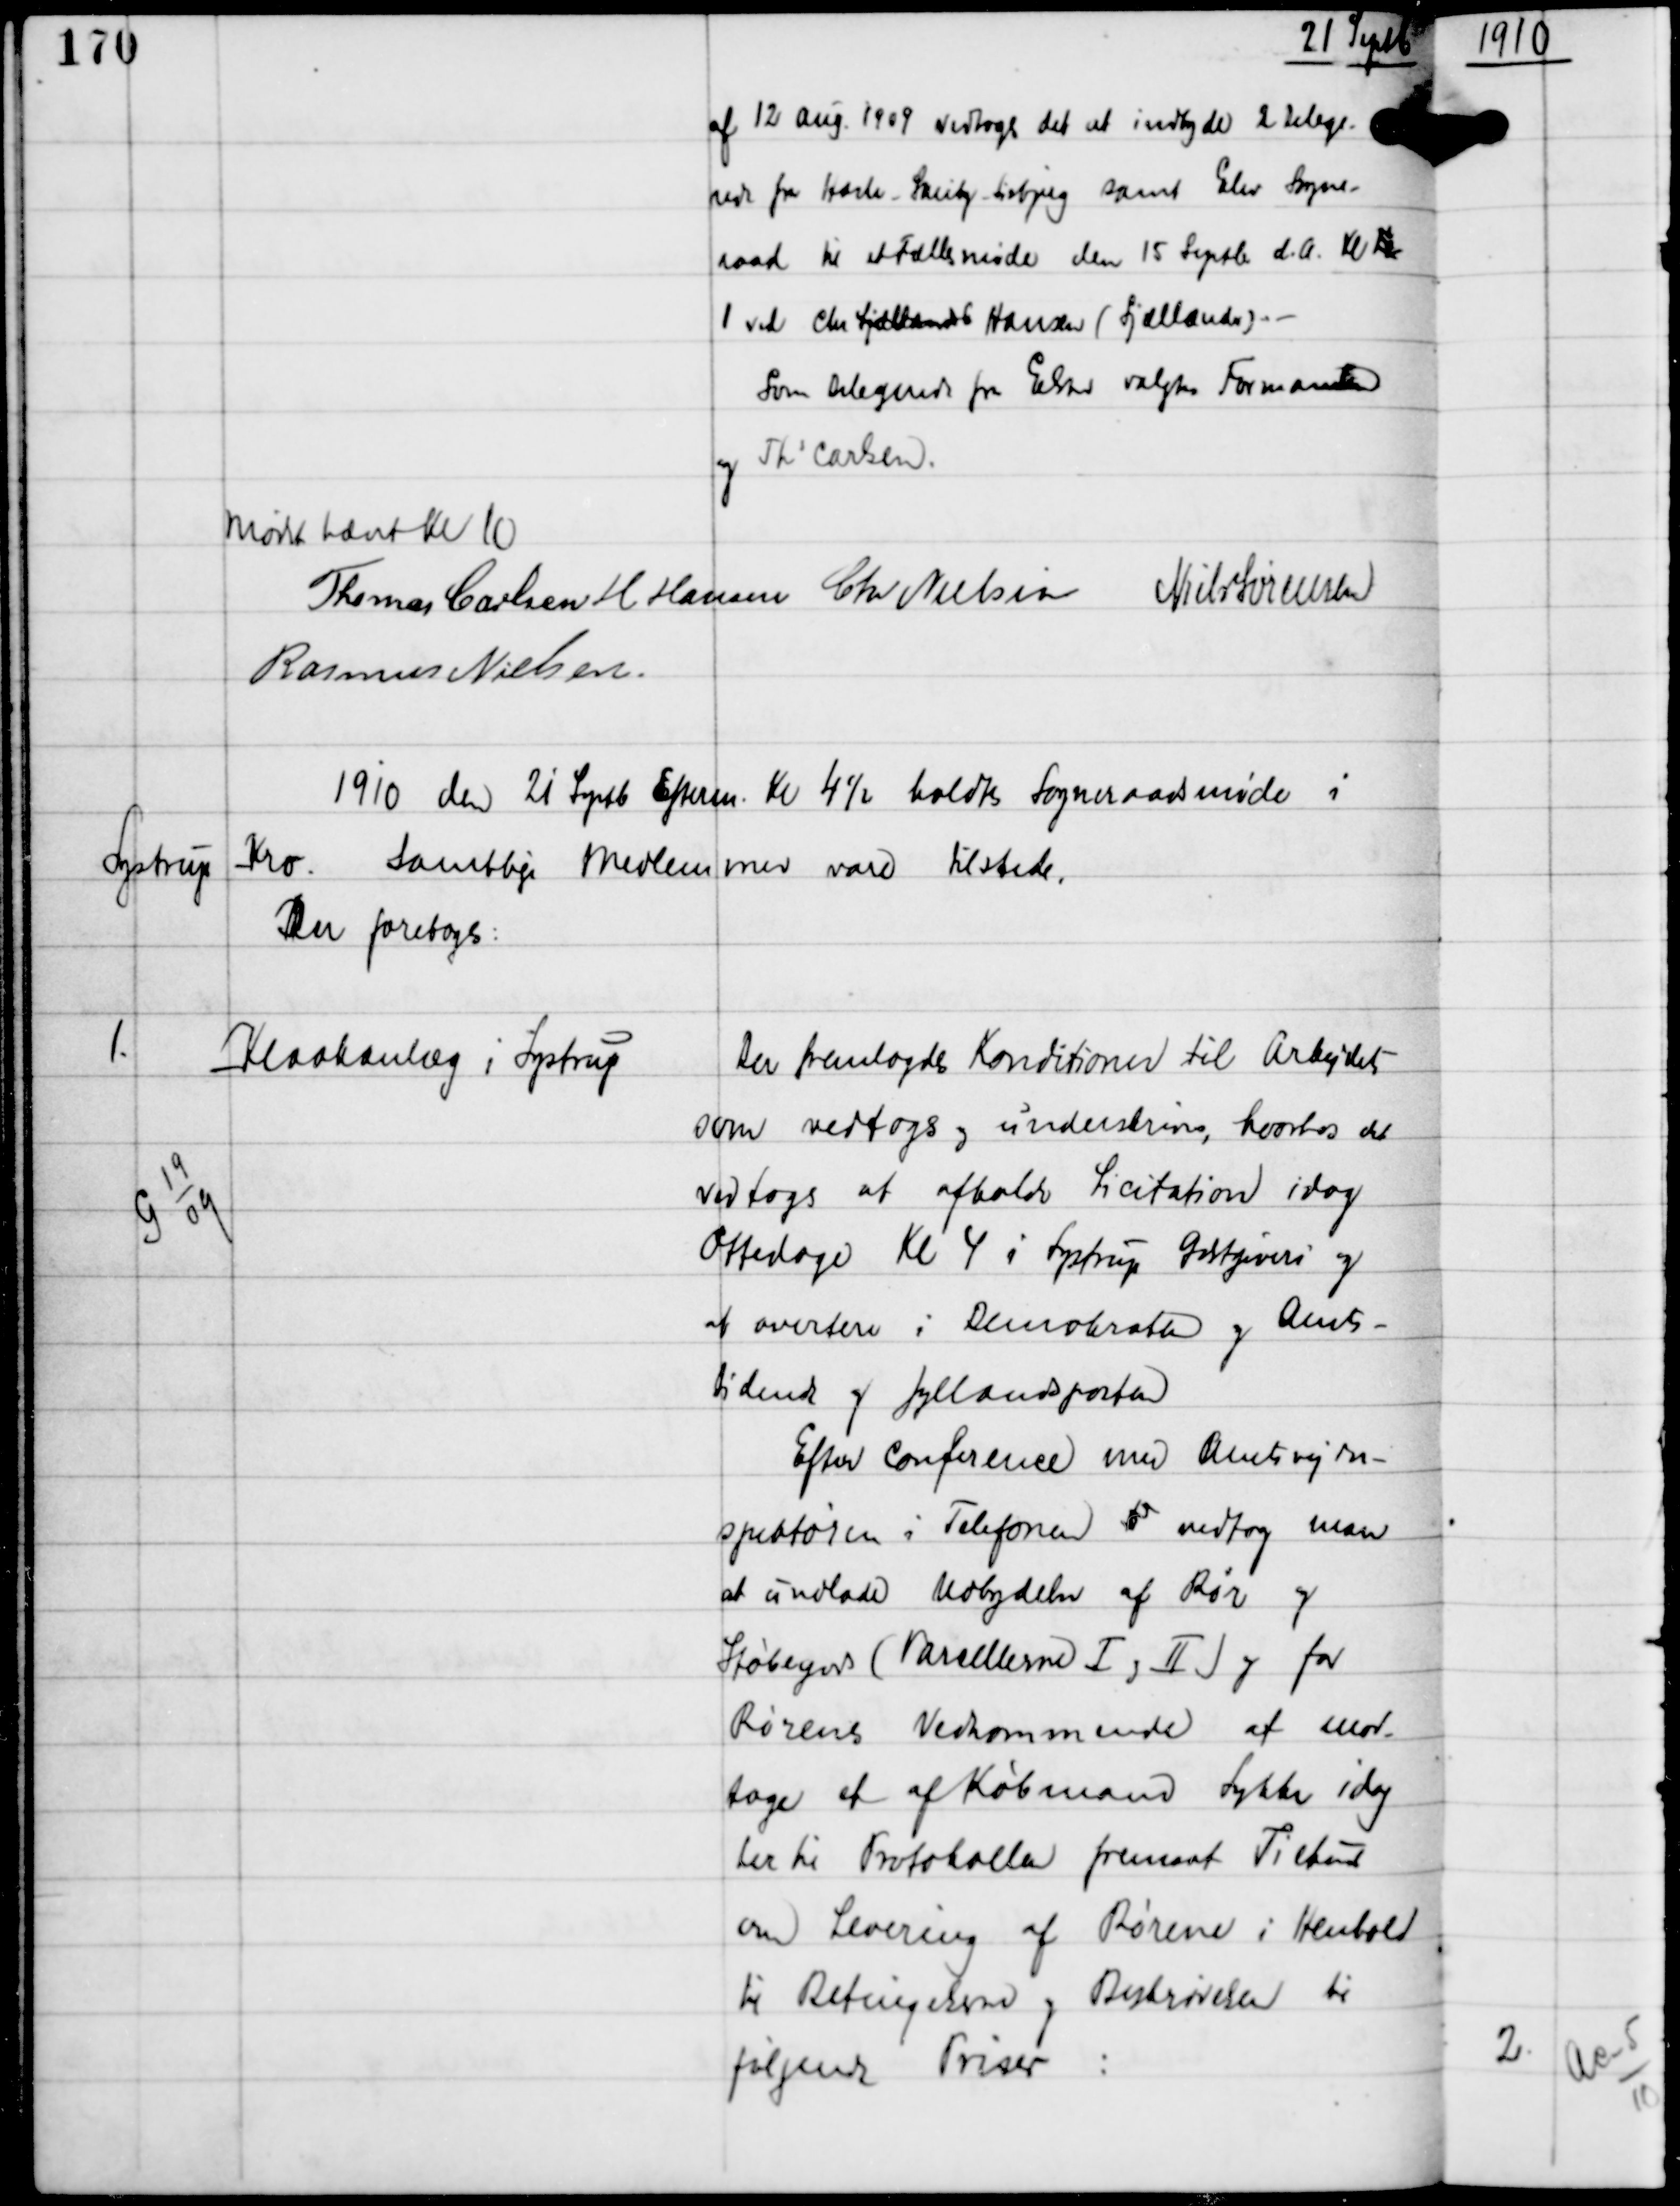
Transskription:
21 Septb

af 12 Aug 1909 vedtoges det at indbyde 2 Delege-
rede fra Hasle-Skeiby-Lisbjerg samt Elev Sogne-
raad til et Fællesmøde den 15 Septb d.A. Kl x
1 ved Chr Sjælland Hansen (Sjællænder) -
Som Delegerede fra Elsted valgtes Formanden
og Ths Carlsen.

Mødet hævet Kl 10
Thomas Carlsen H Hansen Chr Nielsen Niels Sørensen
Rasmus Nielsen

1910 den 21 Septb Efterm Kl 4½ holdtes Sogneraadsmøde i
Lystrup Kro. Samtlige Medlemmer vare tilstede.
Der foretoges:

1.

G 19
09

Kloakanlæg i Lystrup

Der fremlagdes Konditioner til Arbejdet
som vedtoges og underskrives, hvorhos det
vedtoges at afholde Licitation idag
Ottedage Kl 4 i Lystrup Gæstgiveri og
at avertere i Demokraten og Amts-
tidende og Jyllandsposten
Efter Conference med Amtsvejin-
spektøren i Telefonen x vedtog man
at undlade Udbydelse af Rør og
Støbegods (Parcellerne I og II ) og for
Rørenes Vedkommende at mod-
tage et af Købmand Lykke idag
her til Protokollen fremsat Tilbud
om Levering af Rørene i Henhold
til Betingelserne og Beskrivelsen til
følgende Priser: